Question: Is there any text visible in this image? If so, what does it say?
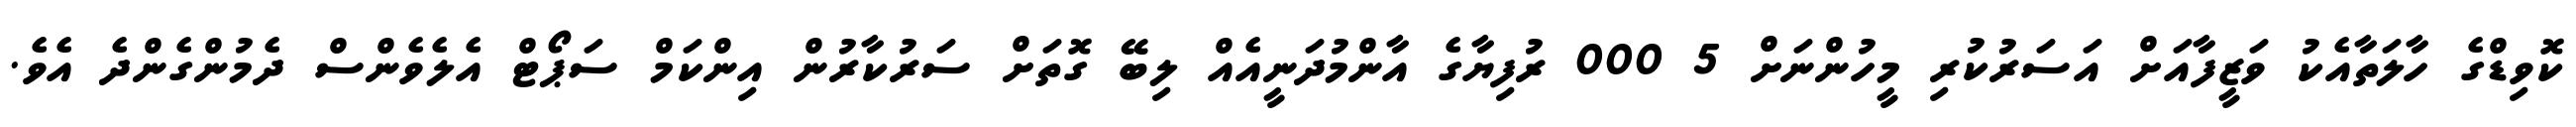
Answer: ކޮވިޑްގެ ހާލަތާއެކު ވަޒީފާއަށް އަސަރުކުރި މީހުންނަށް 5 000 ރުފިޔާގެ އާންމުދަނީއެއް ލިބޭ ގޮތަށް ސަރުކާރުން އިންކަމް ސަޕޯޓް އެލެވެންސް ދެމުންގެންދެ އެވެ.